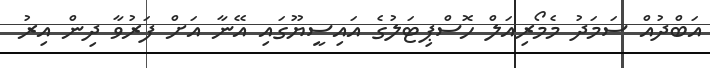
އަބްދުއް ސަމަދު މެމޯރިއަލް ހޮސްޕިޓަލުގެ އައިސީޔޫގައި އޭނާ އަށް ފަރުވާ ދިން އިރު